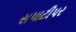
સપાટીપર